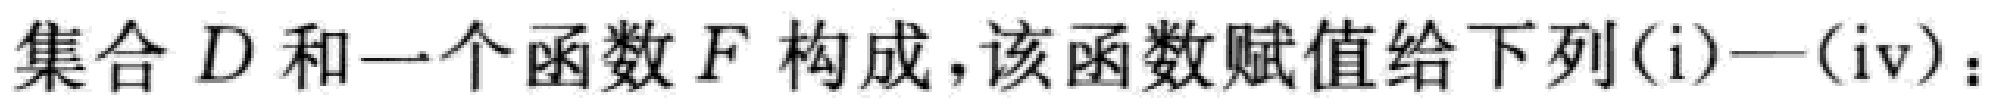
集合 \(D\) 和一个函数 \(F\) 构成，该函数赋值给下列\((\mathrm{i})—(\mathrm{iv})\)：